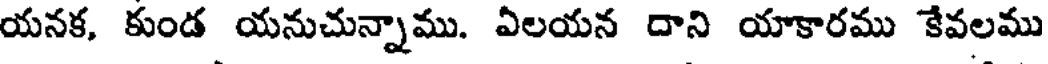
యనక, కుండ యనుచున్నాము. ఏలయన దాని యాకారము కేవలము